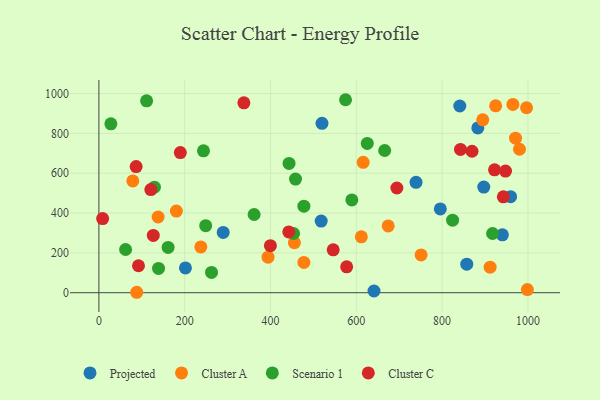
{"axis": {"x": "Experience", "y": "Exam Score"}, "legend": ["Cluster A", "Cluster C", "Projected", "Scenario 1"], "data": [{"x": "520.0", "y": 850.6, "type": "Projected"}, {"x": "739.2", "y": 554.2, "type": "Projected"}, {"x": "201.7", "y": 124.5, "type": "Projected"}, {"x": "940.5", "y": 290.5, "type": "Projected"}, {"x": "959.6", "y": 482.2, "type": "Projected"}, {"x": "883.2", "y": 827.5, "type": "Projected"}, {"x": "641.2", "y": 8.6, "type": "Projected"}, {"x": "795.8", "y": 420.6, "type": "Projected"}, {"x": "289.7", "y": 302.5, "type": "Projected"}, {"x": "857.4", "y": 143.2, "type": "Projected"}, {"x": "897.1", "y": 530.3, "type": "Projected"}, {"x": "841.2", "y": 937.6, "type": "Projected"}, {"x": "518.1", "y": 359.8, "type": "Projected"}, {"x": "911.9", "y": 128.1, "type": "Cluster A"}, {"x": "751.0", "y": 189.7, "type": "Cluster A"}, {"x": "616.0", "y": 654.6, "type": "Cluster A"}, {"x": "394.2", "y": 178.3, "type": "Cluster A"}, {"x": "964.9", "y": 945.6, "type": "Cluster A"}, {"x": "674.3", "y": 335.3, "type": "Cluster A"}, {"x": "894.7", "y": 868.2, "type": "Cluster A"}, {"x": "79.0", "y": 561.2, "type": "Cluster A"}, {"x": "477.8", "y": 152.0, "type": "Cluster A"}, {"x": "998.7", "y": 16.0, "type": "Cluster A"}, {"x": "180.6", "y": 409.9, "type": "Cluster A"}, {"x": "138.0", "y": 380.1, "type": "Cluster A"}, {"x": "237.6", "y": 230.0, "type": "Cluster A"}, {"x": "611.7", "y": 280.7, "type": "Cluster A"}, {"x": "88.2", "y": 2.2, "type": "Cluster A"}, {"x": "455.7", "y": 251.0, "type": "Cluster A"}, {"x": "980.3", "y": 720.3, "type": "Cluster A"}, {"x": "924.8", "y": 938.2, "type": "Cluster A"}, {"x": "971.1", "y": 775.8, "type": "Cluster A"}, {"x": "996.8", "y": 928.6, "type": "Cluster A"}, {"x": "917.6", "y": 297.4, "type": "Scenario 1"}, {"x": "248.9", "y": 336.8, "type": "Scenario 1"}, {"x": "453.8", "y": 297.4, "type": "Scenario 1"}, {"x": "27.9", "y": 848.0, "type": "Scenario 1"}, {"x": "589.6", "y": 466.0, "type": "Scenario 1"}, {"x": "824.4", "y": 364.1, "type": "Scenario 1"}, {"x": "139.0", "y": 122.0, "type": "Scenario 1"}, {"x": "625.5", "y": 749.7, "type": "Scenario 1"}, {"x": "129.4", "y": 529.9, "type": "Scenario 1"}, {"x": "443.2", "y": 649.0, "type": "Scenario 1"}, {"x": "161.3", "y": 227.5, "type": "Scenario 1"}, {"x": "574.9", "y": 969.0, "type": "Scenario 1"}, {"x": "111.2", "y": 963.3, "type": "Scenario 1"}, {"x": "666.1", "y": 714.0, "type": "Scenario 1"}, {"x": "361.8", "y": 392.7, "type": "Scenario 1"}, {"x": "458.3", "y": 570.6, "type": "Scenario 1"}, {"x": "62.2", "y": 217.0, "type": "Scenario 1"}, {"x": "243.8", "y": 712.6, "type": "Scenario 1"}, {"x": "262.5", "y": 101.7, "type": "Scenario 1"}, {"x": "477.8", "y": 434.5, "type": "Scenario 1"}, {"x": "546.1", "y": 215.3, "type": "Cluster C"}, {"x": "577.5", "y": 130.1, "type": "Cluster C"}, {"x": "121.1", "y": 517.8, "type": "Cluster C"}, {"x": "922.2", "y": 617.2, "type": "Cluster C"}, {"x": "942.7", "y": 481.4, "type": "Cluster C"}, {"x": "8.7", "y": 372.0, "type": "Cluster C"}, {"x": "442.6", "y": 305.0, "type": "Cluster C"}, {"x": "86.8", "y": 633.5, "type": "Cluster C"}, {"x": "337.9", "y": 953.5, "type": "Cluster C"}, {"x": "869.7", "y": 710.2, "type": "Cluster C"}, {"x": "92.3", "y": 135.5, "type": "Cluster C"}, {"x": "126.8", "y": 287.6, "type": "Cluster C"}, {"x": "842.8", "y": 719.7, "type": "Cluster C"}, {"x": "947.7", "y": 610.9, "type": "Cluster C"}, {"x": "694.5", "y": 525.8, "type": "Cluster C"}, {"x": "399.8", "y": 236.1, "type": "Cluster C"}, {"x": "189.8", "y": 703.5, "type": "Cluster C"}]}